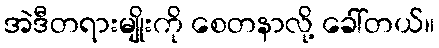
အဲဒီတရားမျိုးကို စေတနာလို့ ခေါ်တယ်။